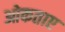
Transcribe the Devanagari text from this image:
ओकताए